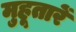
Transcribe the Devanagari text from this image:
मुहूतारें